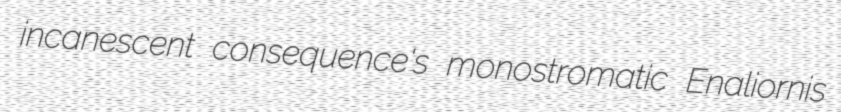
incanescent consequence's monostromatic Enaliornis